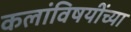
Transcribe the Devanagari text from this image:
कलांविषयींच्या